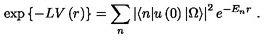
\exp { \left\{ - L V \left( r \right) \right\} } = \sum _ { n } \left| \langle n | u \left( 0 \right) | \Omega \rangle \right| ^ { 2 } e ^ { - E _ { n } r } \ .